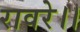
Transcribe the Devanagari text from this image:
रावरे।।